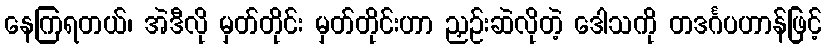
နေကြရတယ်၊ အဲဒီလို မှတ်တိုင်း မှတ်တိုင်းဟာ ညှဉ်းဆဲလိုတဲ့ ဒေါသကို တဒင်္ဂပဟာန်ဖြင့်